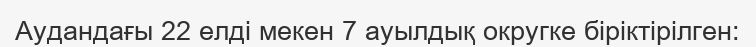
Аудандағы 22 елді мекен 7 ауылдық округке біріктірілген: